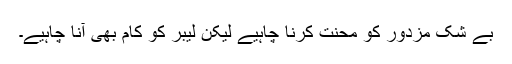
بے شک مزدور کو محنت کرنا چاہیے لیکن لیبر کو کام بھی آنا چاہیے۔